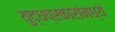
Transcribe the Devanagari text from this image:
युद्धप्रकारांमध्ये